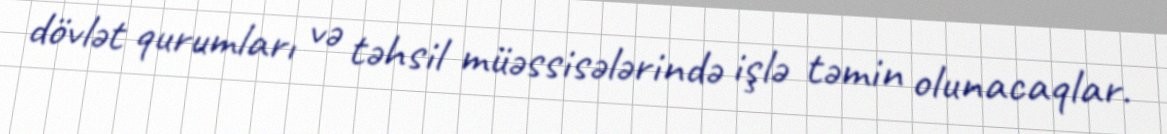
dövlət qurumları və təhsil müəssisələrində işlə təmin olunacaqlar.